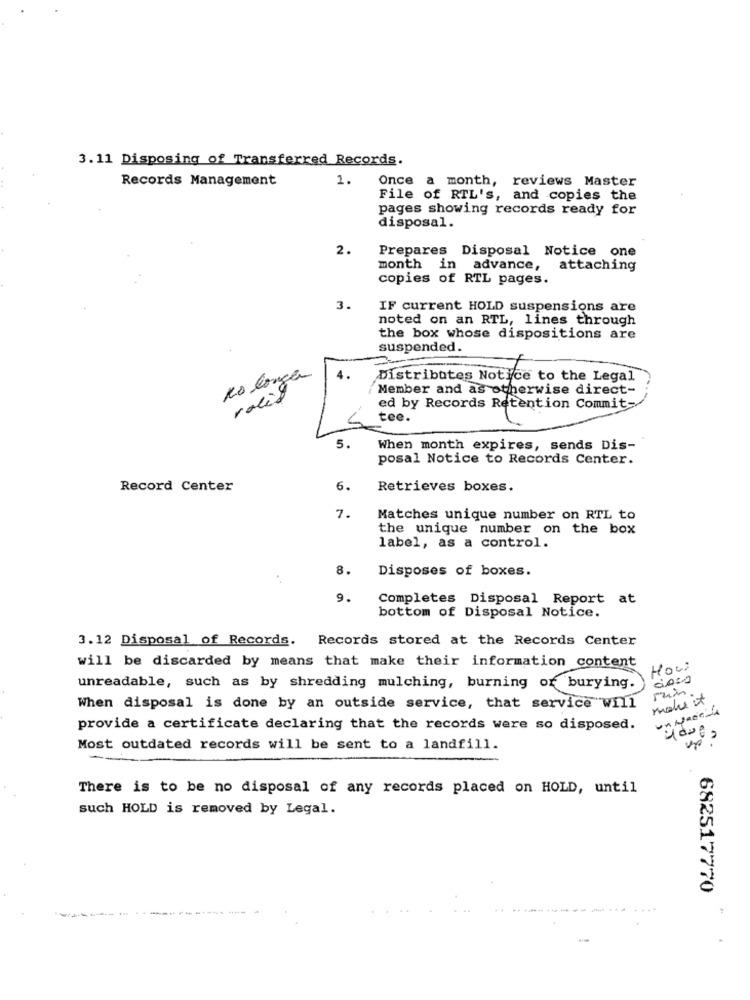
3.11 Disposing of Transferred Records.
Records Management
1.
Once a month, reviews Master
File of RTL's, and copies the
pages showing records ready for
disposal.
2.
Prepares Disposal Notice one
month in advance, attaching
copies of RTL pages.
3.
IF current HOLD suspensions are
noted on an RTL, lines through
the box whose dispositions are
suspended.
4.
Ko longa
Distributes Notice to the Legal
Member and as otherwise direct-
valid
ed by Records Retention Commit-
tee.
5.
When month expires, sends Dis-
posal Notice to Records Center.
Record Center
6.
Retrieves boxes.
7.
Matches unique number on RTL to
the unique number on the box
label, as a control.
8.
Disposes of boxes.
9.
Completes Disposal Report at
bottom of Disposal Notice.
3.12 Disposal of Records. Records stored at the Records Center
will be discarded by means that make their information content
Howi
unreadable, such as by shredding mulching, burning or burying.
min
When disposal is done by an outside service, that service will
provide a certificate declaring that the records were so disposed.
Most outdated records will be sent to a landfill.
There is to be no disposal of any records placed on HOLD, until
such HOLD is removed by Legal.
682517770